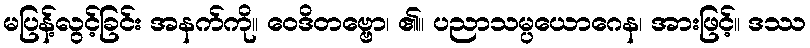
မပြန့်လွင့်ခြင်း အနက်ကို။ ဝေဒိတဗ္ဗော၊ ၏။ ပညာသမ္ပယောဂေန၊ အားဖြင့်။ ဒဿ